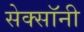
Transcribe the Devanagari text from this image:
सेक्सॉनी